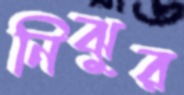
নিঝুর